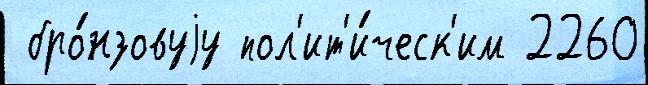
 бро́нзовуjу пол'ит'и́ческ'им 2260